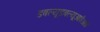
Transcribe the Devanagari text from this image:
डबल्यूडबल्यूआईआई